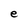
Character: e